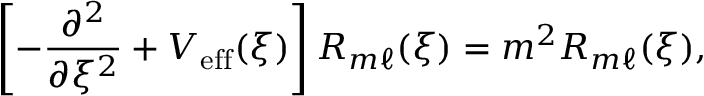
\left[ - \frac { \partial ^ { 2 } } { \partial \xi ^ { 2 } } + V _ { \mathrm { e f f } } ( \xi ) \right] { \cal R } _ { m \ell } ( \xi ) = m ^ { 2 } { \cal R } _ { m \ell } ( \xi ) ,